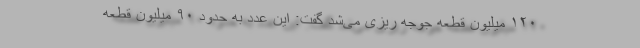
۱۲۰ میلیون قطعه جوجه ریزی می‌شد گفت: این عدد به حدود ۹۰ میلیون قطعه